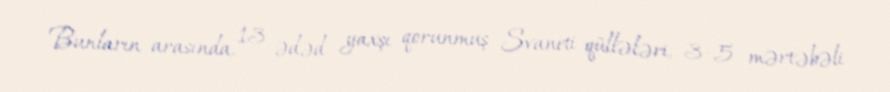
Bunların arasında, 13 ədəd yaxşı qorunmuş Svaneti qüllələri, 3–5 mərtəbəli